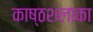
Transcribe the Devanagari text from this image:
काष्ठशलाका